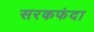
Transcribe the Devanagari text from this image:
सरकफंदा